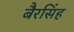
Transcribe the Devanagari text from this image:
बैरसिंह